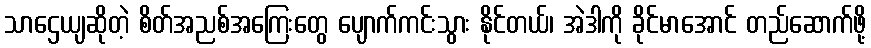
သာဌေယျဆိုတဲ့ စိတ်အညစ်အကြေးတွေ ပျောက်ကင်းသွား နိုင်တယ်၊ အဲဒါကို ခိုင်မာအောင် တည်ဆောက်ဖို့